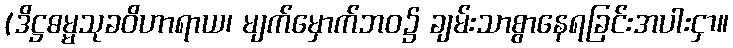
(ဒိဋ္ဌဓမ္မသုခဝိဟာရာယ၊ မျက်မှောက်ဘဝ၌ ချမ်းသာစွာနေရခြင်းအပါးငှာ။